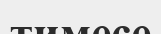
тимесе